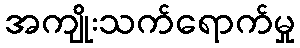
အကျိုးသက်ရောက်မှု